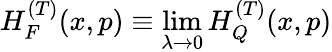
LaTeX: H_{F}^{(T)}(x,p)\equiv\operatorname*{lim}_{\lambda\to 0}H_{Q}^{(T)}(x,p)